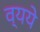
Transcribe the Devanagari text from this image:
व्यये